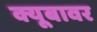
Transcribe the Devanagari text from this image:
क्यूबावर